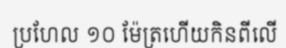
ប្រហែល ១០ ម៉ែត្រហើយកិនពីលើ